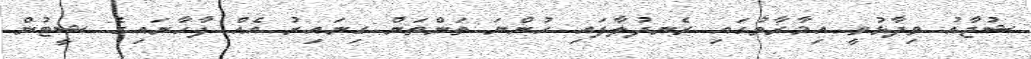
ޝުޖާއު ވިދާޅުވީ އިމާރާތުގައި ރެނދުލާފައި ހުންނަ ތަންތަން ގިނައިރު އެއް ފާހާނައިގެ ޝީޓުން